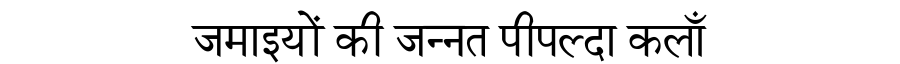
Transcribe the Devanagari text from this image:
जमाइयों की जन्नत पीपल्दा कलाँ